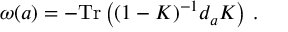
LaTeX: \omega ( a ) = - \mathrm { T r } \left( ( 1 - K ) ^ { - 1 } d _ { a } K \right) \, .